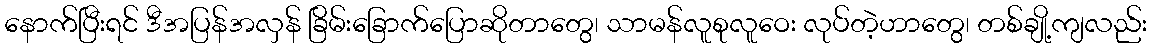
နောက်ပြီးရင် ဒီအပြန်အလှန် ခြိမ်းခြောက်ပြောဆိုတာတွေ၊ သာမန်လူစုလူဝေး လုပ်တဲ့ဟာတွေ၊ တစ်ချို့ကျလည်း